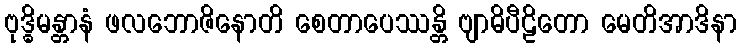
ဗုဒ္ဓိမန္တာနံ ဖလဘောဇိနောတိ စေတာပေဿန္တိ ဗျာဓိပီဠိတော မေတိအာဒိနာ